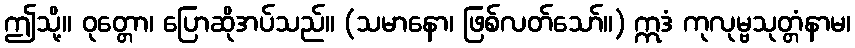
ဤသို့။ ဝုတ္တော၊ ပြောဆိုအပ်သည်။ (သမာနော၊ ဖြစ်လတ်သော်။) ဣဒံ ကုလုမ္ဗသုတ္တံနာမ၊